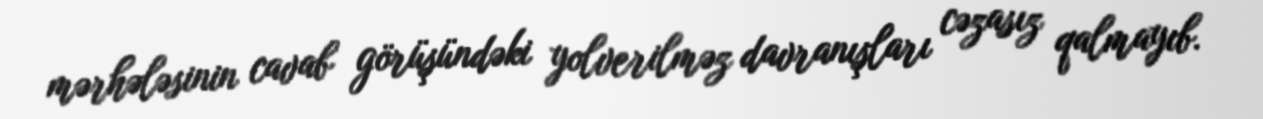
mərhələsinin cavab görüşündəki yolverilməz davranışları cəzasız qalmayıb.